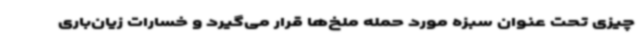
چیزی تحت عنوان سبزه مورد حمله ملخ‌ها قرار می‌گیرد و خسارات زیان‌باری